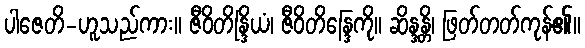
ပါဇေတိ-ဟူသည်ကား။ ဇီဝိတိန္ဒြိယံ၊ ဇီဝိတိန္ဒြေကို။ ဆိန္ဒန္တိ၊ ဖြတ်တတ်ကုန်၏။